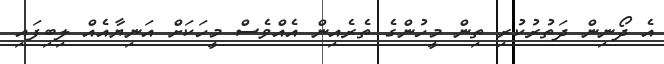
އެ ދޯނިން ދަތުރުކުރި ތިން މީހުންގެ ތެރެއިން އެއްވެސް މީހަކަށް އަނިޔާއެއް ލިބިފައި